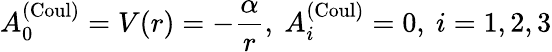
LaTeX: A_{0}^{(\mathrm{Coul})}=V(r)=-\frac\alpha r,\ A_{i}^{(\mathrm{Coul})}=0,\ i=1,2,3